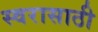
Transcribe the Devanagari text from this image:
स्वरासाठी